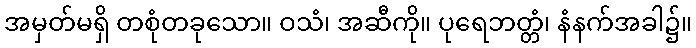
အမှတ်မရှိ တစုံတခုသော။ ဝသံ၊ အဆီကို။ ပုရေဘတ္တံ၊ နံနက်အခါ၌။